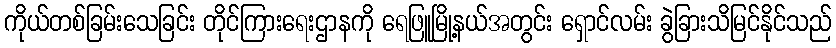
ကိုယ်တစ်ခြမ်းသေခြင်း တိုင်ကြားရေးဌာနကို ရေဖြူမြို့နယ်အတွင်း ရှောင်လမ်း ခွဲခြားသိမြင်နိုင်သည်